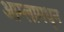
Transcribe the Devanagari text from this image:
आम्लामधून